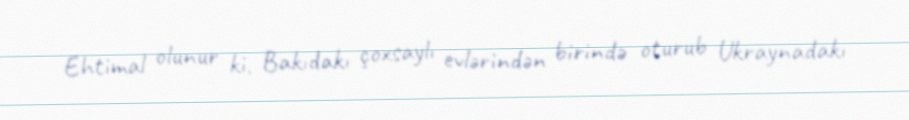
Ehtimal olunur ki, Bakıdakı çoxsaylı evlərindən birində oturub Ukraynadakı